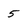
Character: 5